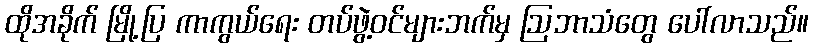
ထိုအခိုက် မြို့ပြ ကာကွယ်ရေး တပ်ဖွဲ့ဝင်များဘက်မှ ဩဘာသံတွေ ပေါ်လာသည်။